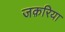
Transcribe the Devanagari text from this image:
जक़रिया